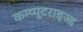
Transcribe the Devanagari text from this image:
कम्प्यूटराइज्ड